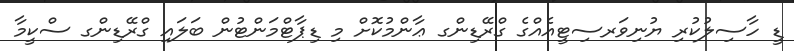
ޑީ ހާސިލުކުރި ޔުނިވަރސިޓީއެއްގެ ގްރޭޑިންގ ޢާންމުކޮށް މި ޑިޕާޓްމަންޓުން ބަލައި ގްރޭޑިންގ ސްކީމާ